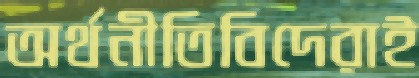
অর্থনীতিবিদেরাই